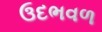
ઉદભવળ